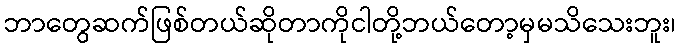
ဘာတွေဆက်ဖြစ်တယ်ဆိုတာကိုငါတို့ဘယ်တော့မှမသိသေးဘူး၊